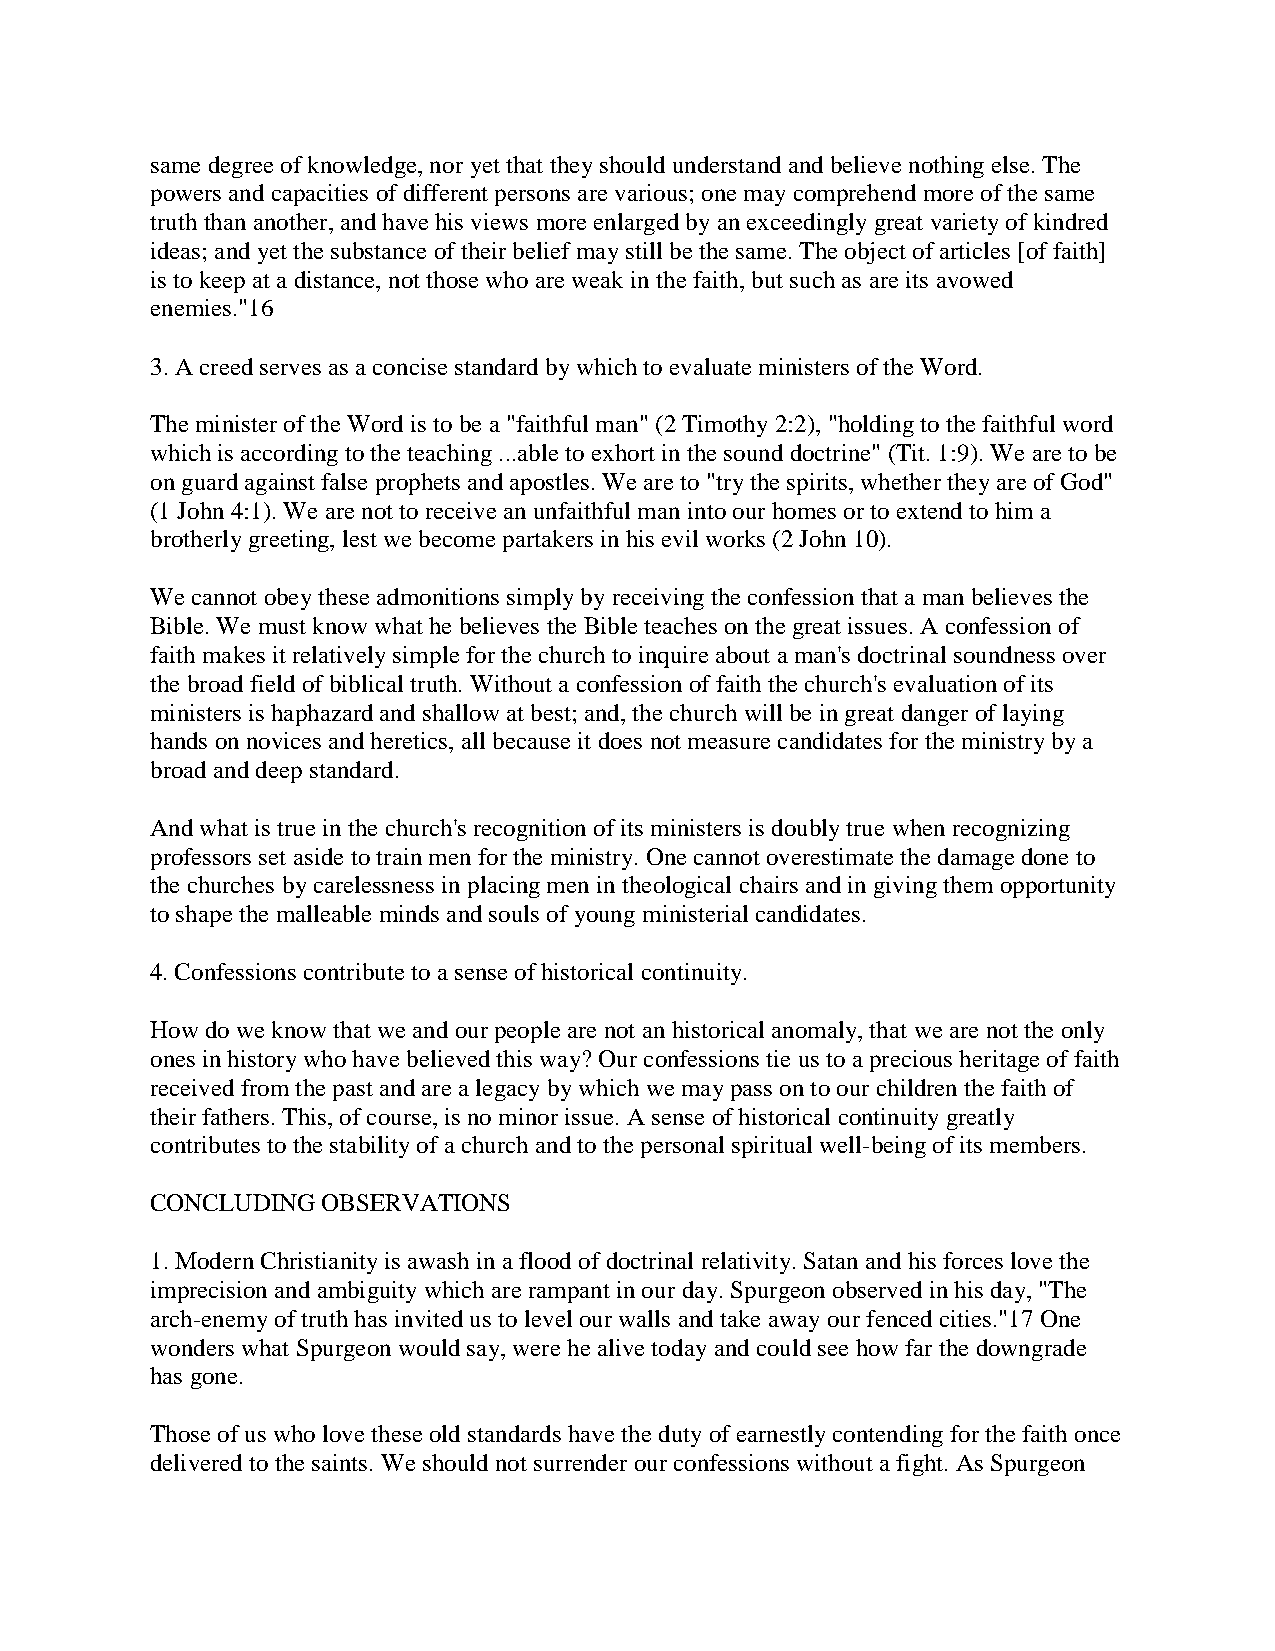
same degree of knowledge, nor yet that they should understand and believe nothing else. The
 powers and capacities of different persons are various; one may comprehend more of the same
 truth than another, and have his views more enlarged by an exceedingly great variety of kindred
 ideas; and yet the substance of their belief may still be the same. The object of articles [of faith]
 is to keep at a distance, not those who are weak in the faith, but such as are its avowed
 enemies."16
 3. A creed serves as a concise standard by which to evaluate ministers of the Word.
 The minister of the Word is to be a "faithful man" (2 Timothy 2:2), "holding to the faithful word
 which is according to the teaching ...able to exhort in the sound doctrine" (Tit. 1:9). We are to be
 on guard against false prophets and apostles. We are to "try the spirits, whether they are of God"
 (1 John 4:1). We are not to receive an unfaithful man into our homes or to extend to him a
 brotherly greeting, lest we become partakers in his evil works (2 John 10).
 We cannot obey these admonitions simply by receiving the confession that a man believes the
 Bible. We must know what he believes the Bible teaches on the great issues. A confession of
 faith makes it relatively simple for the church to inquire about a man's doctrinal soundness over
 the broad field of biblical truth. Without a confession of faith the church's evaluation of its
 ministers is haphazard and shallow at best; and, the church will be in great danger of laying
 hands on novices and heretics, all because it does not measure candidates for the ministry by a
 broad and deep standard.
 And what is true in the church's recognition of its ministers is doubly true when recognizing
 professors set aside to train men for the ministry. One cannot overestimate the damage done to
 the churches by carelessness in placing men in theological chairs and in giving them opportunity
 to shape the malleable minds and souls of young ministerial candidates.
 4. Confessions contribute to a sense of historical continuity.
 How do we know that we and our people are not an historical anomaly, that we are not the only
 ones in history who have believed this way? Our confessions tie us to a precious heritage of faith
 received from the past and are a legacy by which we may pass on to our children the faith of
 their fathers. This, of course, is no minor issue. A sense of historical continuity greatly
 contributes to the stability of a church and to the personal spiritual well-being of its members.
 CONCLUDING OBSERVATIONS
 1. Modern Christianity is awash in a flood of doctrinal relativity. Satan and his forces love the
 imprecision and ambiguity which are rampant in our day. Spurgeon observed in his day, "The
 arch-enemy of truth has invited us to level our walls and take away our fenced cities."17 One
 wonders what Spurgeon would say, were he alive today and could see how far the downgrade
 has gone.
 Those of us who love these old standards have the duty of earnestly contending for the faith once
 delivered to the saints. We should not surrender our confessions without a fight. As Spurgeon